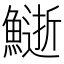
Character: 𩻔